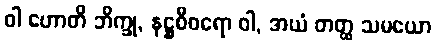
ဝါ ဟောတိ ဘိက္ခု, နဋ္ဌစီဝရော ဝါ, အယံ တတ္ထ သမယော